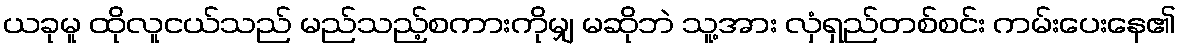
ယခုမူ ထိုလူငယ်သည် မည်သည့်စကားကိုမျှ မဆိုဘဲ သူ့အား လှံရှည်တစ်စင်း ကမ်းပေးနေ၏